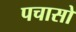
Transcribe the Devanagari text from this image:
पचासो